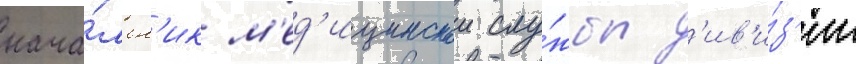
нача́льн'ик м'ед'ицинскои слу́жбы д'ив'и́з'ии